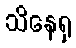
သိနေရု